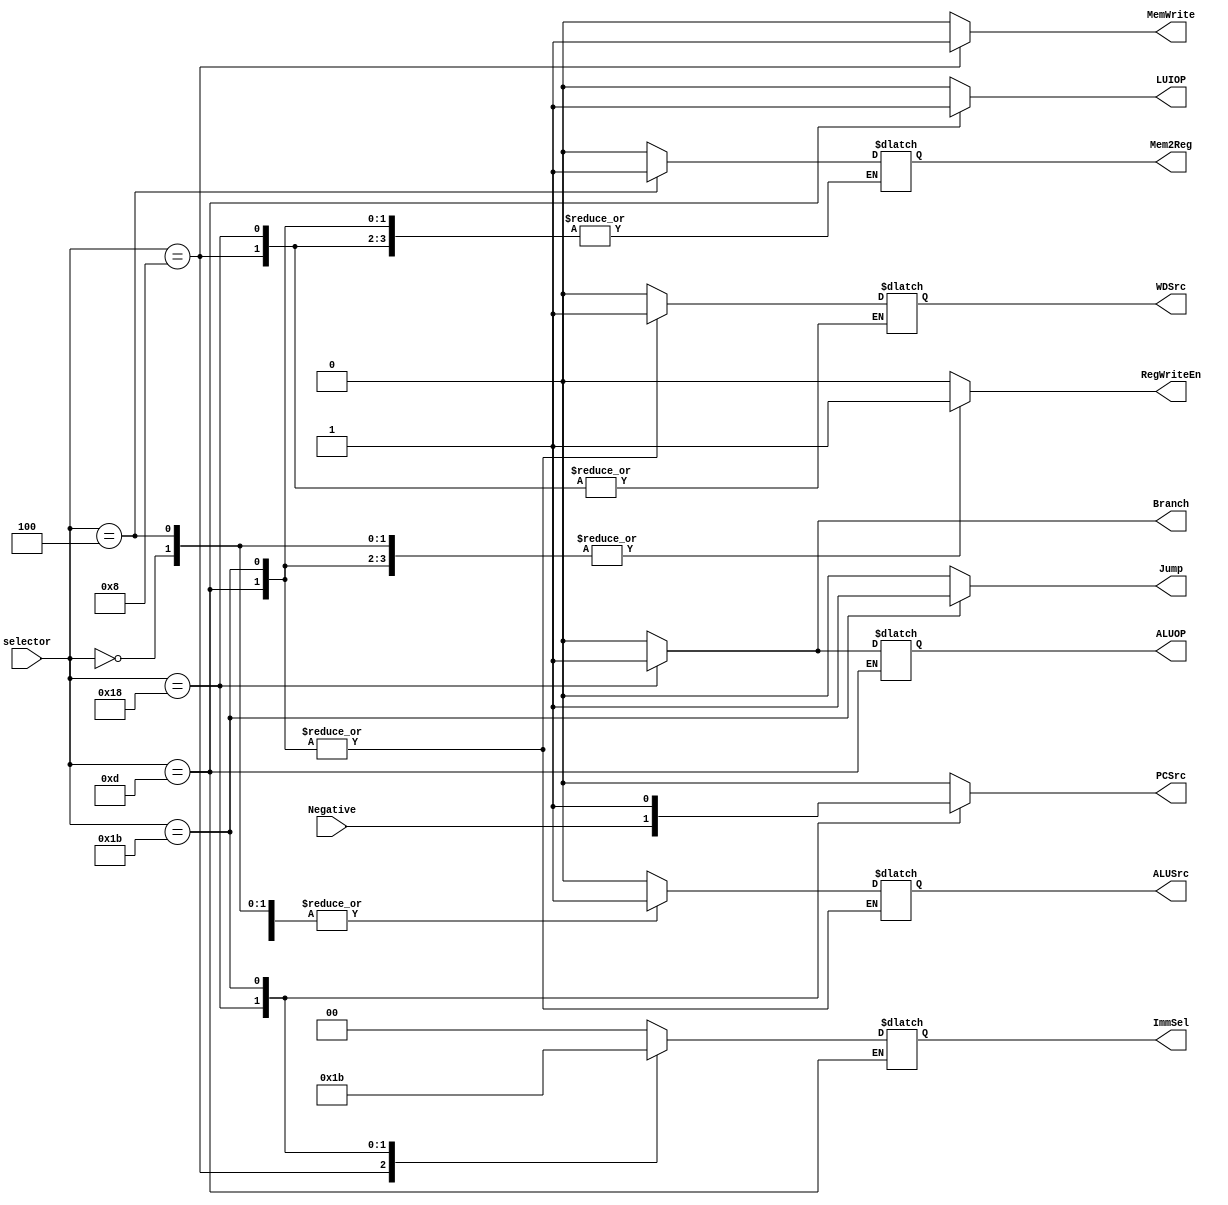
`timescale 1ns / 1ps
//////////////////////////////////////////////////////////////////////////////////
// Company: 
// Engineer: 
// 
// Design Name: 
// Module Name: UC
// Project Name: Proyecto RISC-V
// Target Devices: 
// Tool Versions: 
// Description: Este mdulo toma los bits del [6:2] de la instruccin (esto porque los bits del [0:1] siempre son 11 para todas las instrucciones)
//              y genera las seales de control apropiadas para cada caso.
// 
// Dependencies: 
// 
// Revision:
// Revision 0.01 - File Created
// Additional Comments:
// 
//////////////////////////////////////////////////////////////////////////////////


module UC(
  //Se definen las entradas y salidas del mdulo
  input [4:0] selector, //selecciona la entrada segn la operacin
  input Negative,

  output reg Branch, //salida branch del main decoder
  output reg Jump, //salida jump del main decoder
  output reg PCSrc, //selecciona entre PC+4 o NewPC
  output reg [1:0] ImmSel, //selecciona los la estensin de signo segn la intruccin
  output reg LUIOP,
  output reg WDSrc,
  output reg ALUSrc,
  output reg ALUOP, //habil
  output reg Mem2Reg, //habilita escribir datos de memoria a registros
  output reg MemWrite, //habilita escribir en memoria
  output reg RegWriteEn //habilita escribir en registros
);
//Se colocan las salidas segn la tabla de verdad diseada para cada caso
always @(*)
  begin
    case (selector)
      5'b00000: begin
        Branch = 0;
        Jump = 0;
        ImmSel = 2'b00;
        LUIOP = 0;
        WDSrc = 0;
        ALUSrc = 1;
        ALUOP = 0;
        Mem2Reg = 0;
        MemWrite = 0;
        RegWriteEn = 1;
        PCSrc = (Branch & Negative) || Jump;
        end
      5'b00100: begin
        Branch = 0;
        Jump = 0;
        ImmSel = 2'b00;
        LUIOP = 0;
        WDSrc = 0;
        ALUSrc = 1;
        ALUOP = 0;
        Mem2Reg = 1;
        MemWrite = 0;
        RegWriteEn = 1;
        PCSrc = (Branch & Negative) || Jump;
        end
      5'b01000: begin
        Branch = 0;
        Jump = 0;
        ImmSel = 2'b01;
        LUIOP = 0;
        ALUSrc = 1;
        ALUOP = 0;
        MemWrite = 1;
        RegWriteEn = 0;
        PCSrc = (Branch & Negative) || Jump;
        end
      5'b11000: begin
        Branch = 1;
        Jump = 0;
        ImmSel = 2'b10;
        LUIOP = 0;
        ALUSrc = 0;
        ALUOP = 1;
        MemWrite = 0;
        RegWriteEn = 0;
        PCSrc = (Branch & Negative) || Jump;
        end
      5'b01101: begin
        Branch = 0;
        Jump = 0;
        LUIOP = 1;
        WDSrc = 1;
        MemWrite = 0;
        RegWriteEn = 1;
        PCSrc = (Branch & Negative) || Jump;
        end
      5'b11011: begin
        Branch = 0;
        Jump = 1;
        ImmSel = 2'b11;
        LUIOP = 0;
        WDSrc = 1;
        ALUOP = 0;
        MemWrite = 0;
        RegWriteEn = 1;
        PCSrc = (Branch & Negative) || Jump;
        end
      default:  begin
        Branch = 0;
        Jump = 0;
        ImmSel = 2'b00;
        LUIOP = 0;
        WDSrc = 0;
        ALUSrc = 0;
        ALUOP = 0;
        Mem2Reg = 0;
        MemWrite = 0;
        RegWriteEn = 0;
        PCSrc = 0;
        end
    endcase
  end
  //Lgica combinacional para el control de PCSource
  /*always @(*)
  begin
    PCSrc = (Branch & Negative) || Jump;
  end*/
endmodule